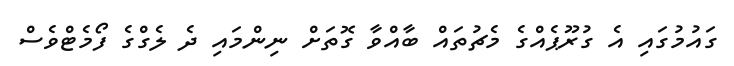
ގައުމުގައި އެ ގުރޫޕެއްގެ މެޗުތައް ބާއްވާ ގޮތަށް ނިންމައި ދެ ލެގްގެ ފޯމެޓްވެސް